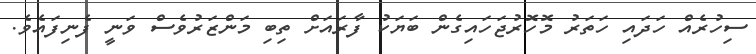
ސިހުރެއް ހަދައި ހަތަރު މޮހޮރުޖަހައިގެން ބަޔަކު ފާރައަށް ތިބި މަންޒަރުވެސް ވަނީ ފެނިފައެވެ.